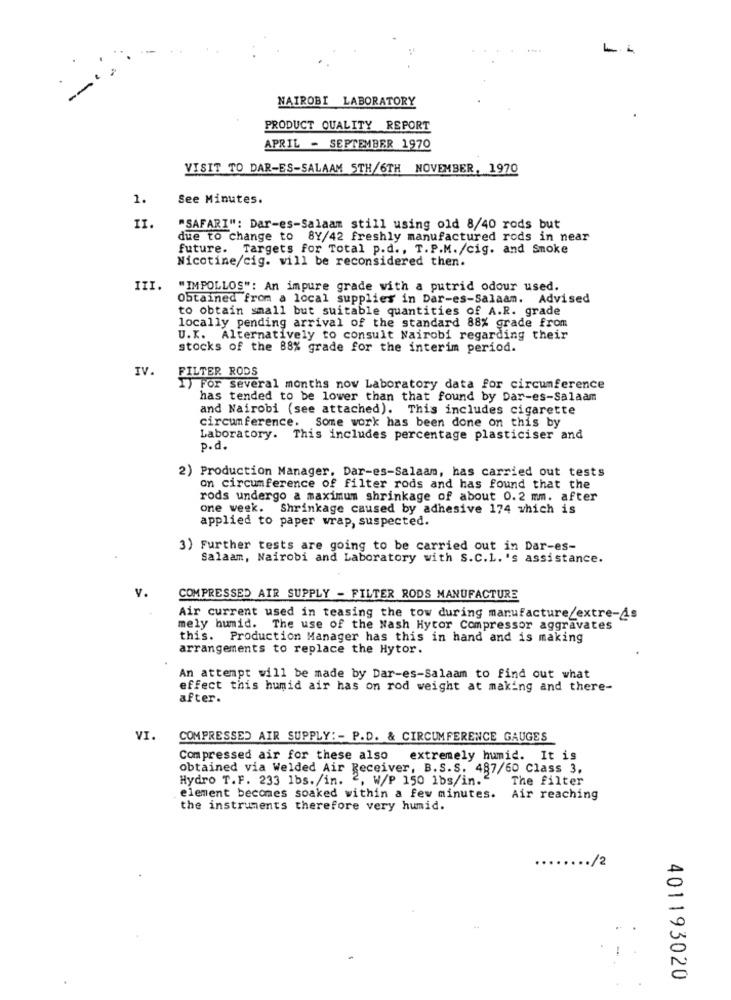
NAIROBI LABORATORY
PRODUCT QUALITY REPORT
APRIL - SEPTEMBER 1970
VISIT TO DAR-ES-SALAAM 5TH/6TH NOVEMBER, 1970
1.
See Minutes.
II.
"SAFARI": Dar-es-Salaam still using old 8/40 rods but
due to change to 8Y/42 freshly manufactured rods in near
future.
Targets for Total p.d ., T.P.M./cig. and Smoke
Nicotine/cig. will be reconsidered then.
III.
"IMPOLLOS": An impure grade with a putrid odour used.
Obtained from a local supplies in Dar-es-Salaam. Advised
to obtain small but suitable quantities of A.R. grade
locally pending arrival of the standard 88% grade from
U.K. Alternatively to consult Nairobi regarding their
stocks of the 88% grade for the interim period.
IV.
FILTER RODS
I) For several months now Laboratory data for circumference
has tended to be lower than that found by Dar-es-Salaam
and Nairobi (see attached). This includes cigarette
circumference. Some work has been done on this by
Laboratory. This includes percentage plasticiser and
p.d.
2) Production Manager, Dar-es-Salaam, has carried out tests
on circumference of filter rods and has found that the
rods undergo a maximum shrinkage of about 0.2 mm. after
one week. Shrinkage caused by adhesive 174 which is
applied to paper wrap, suspected.
3) Further tests are going to be carried out in Dar-es-
Salaam, Nairobi and Laboratory with S.C.L. 's assistance.
V.
COMPRESSED AIR SUPPLY - FILTER RODS MANUFACTURE
Air current used in teasing the tow during manufacture/extre-4s
mely humid. The use of the Nash Hytor Compressor aggravates
this. Production Manager has this in hand and is making
arrangements to replace the Hytor.
An attempt will be made by Dar-es-Salaam to find out what
effect this humid air has on rod weight at making and there-
after.
VI.
COMPRESSED AIR SUPPLY :- P.D. & CIRCUMFERENCE GAUGES
Compressed air for these also extremely humid. It is
obtained via Welded Air Receiver, B.S.S. 487/60 Class 3.
Hydro T.F. 233 lbs./in. 2, W/P 150 1bs/in."
The filter
element becomes soaked within a few minutes. Air reaching
the instruments therefore very humid.
/2
401193020